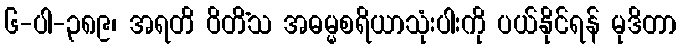
၆-ပါ-၃၈၉၊ အရတိ ဝိတိံသ အဓမ္မစရိယာသုံးပါးကို ပယ်နိုင်ရန် မုဒိတာ